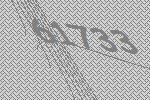
61733